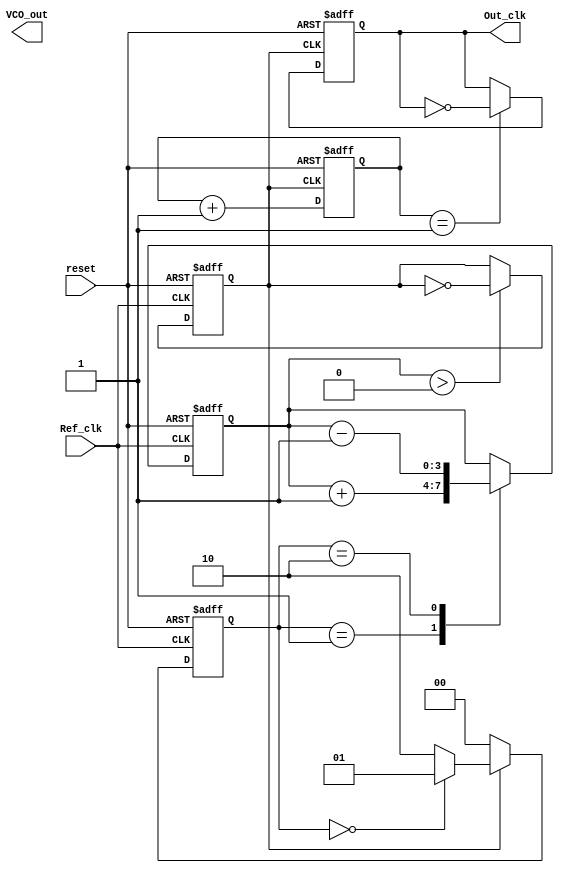
module pll(
    input wire Ref_clk,
    input wire reset,
    output reg Out_clk,
    output reg [3:0] VCO_out // Example control voltage output
);

    // Internal signals
    reg [1:0] phase_error; // Phase detector output
    reg [3:0] loop_filter; // Loop filter output (control voltage)
    reg vco_clk;           // VCO output clock signal
    reg [1:0] div_counter; // Divider counter

    // Phase Detector
    always @(posedge Ref_clk or posedge reset) begin
        if (reset) begin
            phase_error <= 2'b00; // Reset phase error
        end else begin
            if (vco_clk) begin
                phase_error <= (phase_error == 2'b00) ? 2'b01 : 2'b10; // Leading or Lagging
            end else begin
                phase_error <= 2'b00; // Reset if not detected
            end
        end
    end

    // Loop Filter (simple implementation)
    always @(posedge Ref_clk or posedge reset) begin
        if (reset) begin
            loop_filter <= 4'b0000;
        end else begin
            case (phase_error)
                2'b01: loop_filter <= loop_filter + 1;  // VCO frequency increase
                2'b10: loop_filter <= loop_filter - 1;  // VCO frequency decrease
                default: loop_filter <= loop_filter;     // No change
            endcase
        end
    end

    // Voltage-Controlled Oscillator (VCO)
    always @(posedge Ref_clk or posedge reset) begin
        if (reset) begin
            vco_clk <= 0;
        end else begin
            if (loop_filter > 4'b0000) begin
                vco_clk <= ~vco_clk;  // Toggle VCO clock
            end
        end
    end

    // Output Divider (simple fixed division by 2 for demonstration)
    always @(posedge vco_clk or posedge reset) begin
        if (reset) begin
            div_counter <= 2'b00;
            Out_clk <= 0;
        end else begin
            div_counter <= div_counter + 1;
            if (div_counter == 2'b01) begin
                Out_clk <= ~Out_clk; // Divide by 2
            end
        end
    end

endmodule